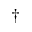
\dagger